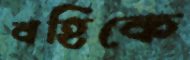
বহিকে